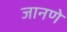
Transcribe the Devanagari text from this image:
जानणे